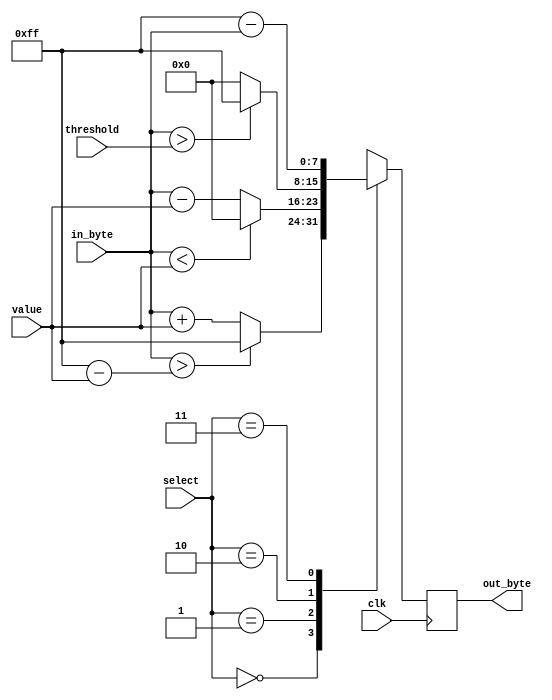
module Main(
    input clk,
    input[1:0] select,
    input[7:0] value,threshold,in_byte,
    output[0:7] out_byte
);
reg[0:7] parser;
    always @(posedge clk)
        case(select)
            2'b00: parser = (in_byte > (8'b11111111 - value))? (8'b11111111) : (in_byte + value);
            //2'b00: parser <= in_byte + value;
            2'b01: parser = (in_byte < value)? (8'b00000000) : (in_byte - value);
            2'b10: parser = (in_byte > threshold)? (8'b11111111) : (8'b00000000);
            2'b11: parser = 8'b11111111 - in_byte;
        endcase    
        assign out_byte = parser;
endmodule